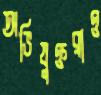
অভিযুক্তরাও